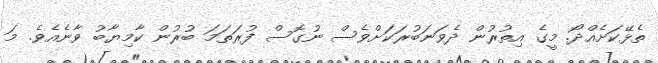
ތެޅޭކަށެއްދޯ. މީގެ އިތުރުން ދެވަނަބުރަކަށްވެސް ނުގޮސް ފުރަތަމަ ބުރުން ކާމިޔާބު ވާނެއެވެ. މަ